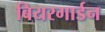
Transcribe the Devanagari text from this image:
बियरगार्डन